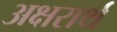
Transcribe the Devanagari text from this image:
अक्षरार्थ